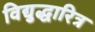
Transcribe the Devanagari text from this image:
विद्युद्धारित्र